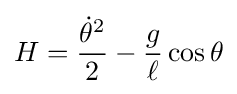
H={\frac {{\dot {\theta }}^{2}}{2}}-{\frac {g}{\ell }}\cos \theta